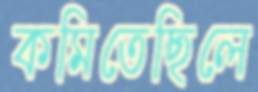
কমিতেছিলে